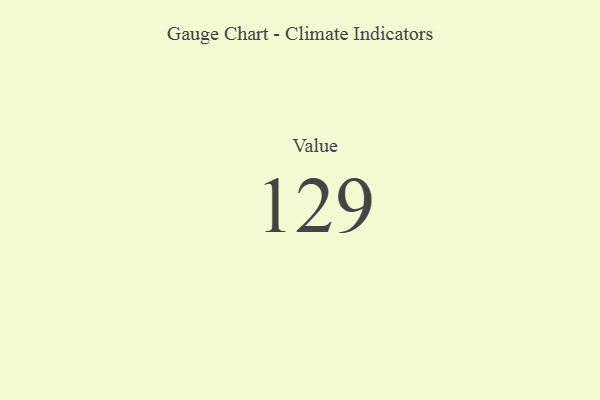
{"axis": {"x": "Metric", "y": "Value"}, "legend": [""], "data": [{"x": "Value", "y": 129, "type": ""}]}